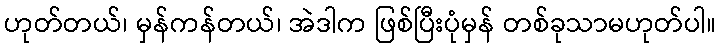
ဟုတ်တယ်၊ မှန်ကန်တယ်၊ အဲဒါက ဖြစ်ပြီးပုံမှန် တစ်ခုသာမဟုတ်ပါ။